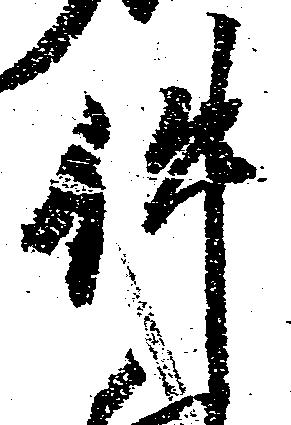
件